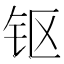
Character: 𰽜